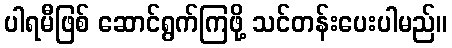
ပါရမီဖြစ် ဆောင်ရွက်ကြဖို့ သင်တန်းပေးပါမည်။